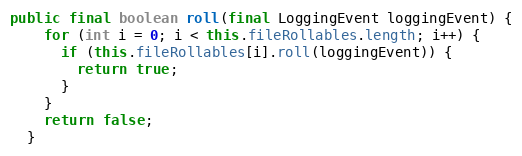
Language: Java
public final boolean roll(final LoggingEvent loggingEvent) {
    for (int i = 0; i < this.fileRollables.length; i++) {
      if (this.fileRollables[i].roll(loggingEvent)) {
        return true;
      }
    }
    return false;
  }